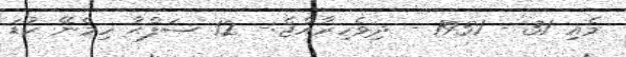
މެއި 31 - 1951 - ދިވެހިރާއްޖެ:- 12 ޞަފްޙާ ހިމެނޭ ކުޑަ